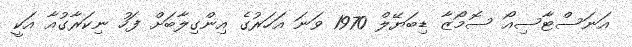
އަނަސްޓާސިއޯ ސޮމޯޒާ ޑިބަޔޭލް 1970 ވަނަ އަހަރުގެ އިންގިލާބަށް ފަހު ނިކަރާގުއާ އަކީ